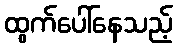
ထွက်ပေါ်နေသည့်